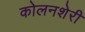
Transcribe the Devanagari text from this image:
कोलनशेरी